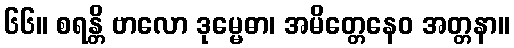
၆၆။ စရန္တိ ဗာလော ဒုမ္မေဓာ၊ အမိတ္တေနေဝ အတ္တနာ။